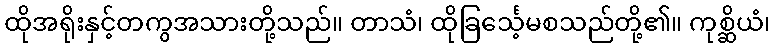
ထိုအရိုးနှင့်တကွအသားတို့သည်။ တာသံ၊ ထိုခြင်္သေ့မစသည်တို့၏။ ကုစ္ဆိယံ၊